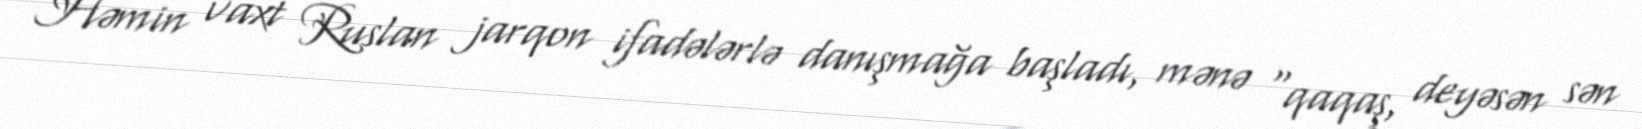
Həmin vaxt Ruslan jarqon ifadələrlə danışmağa başladı, mənə "qaqaş, deyəsən sən